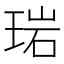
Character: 𬍰